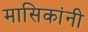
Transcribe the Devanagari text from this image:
मासिकांनी